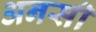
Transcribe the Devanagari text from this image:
अनसी